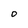
Character: 0